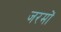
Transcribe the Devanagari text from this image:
जरमों